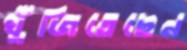
খুঁজিতেছেন